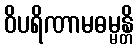
ဝိပရိဏာမဓမ္မန္တိ